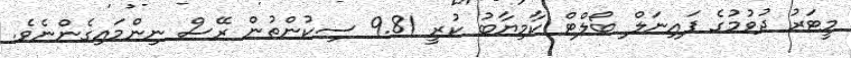
މީޓަރު ދުވުމުގެ ފައިނަލް ބޯލްޓް ކާމިޔާބު ކުރީ 9.81 ސިކުންތުން ރޭސް ނިންމައިގެންނެވެ.